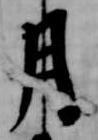
月